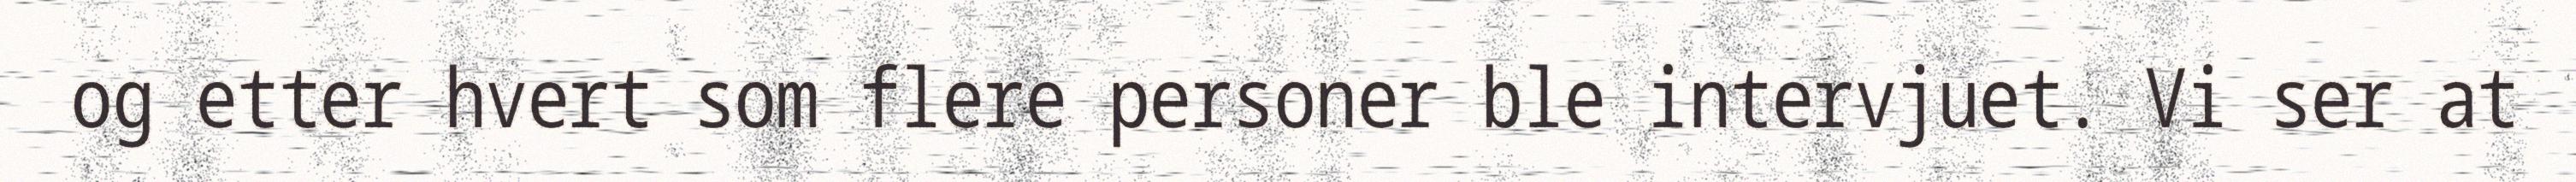
og etter hvert som flere personer ble intervjuet. Vi ser at